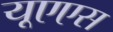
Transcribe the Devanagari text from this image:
यूएएस